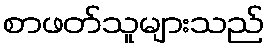
စာဖတ်သူများသည်